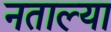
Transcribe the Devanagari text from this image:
नताल्या